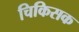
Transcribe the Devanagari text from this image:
चिकिसक